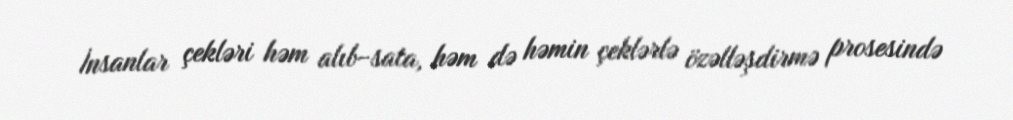
İnsanlar çekləri həm alıb-sata, həm də həmin çeklərlə özəlləşdirmə prosesində